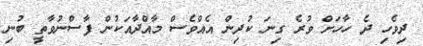
ދިވެހި ދެ ހާހަށް ވުރެ ގިނަ ކުދިން އެއްވެސް މާއްދާއަކުން ފާސްނުވާތީ ބުނި